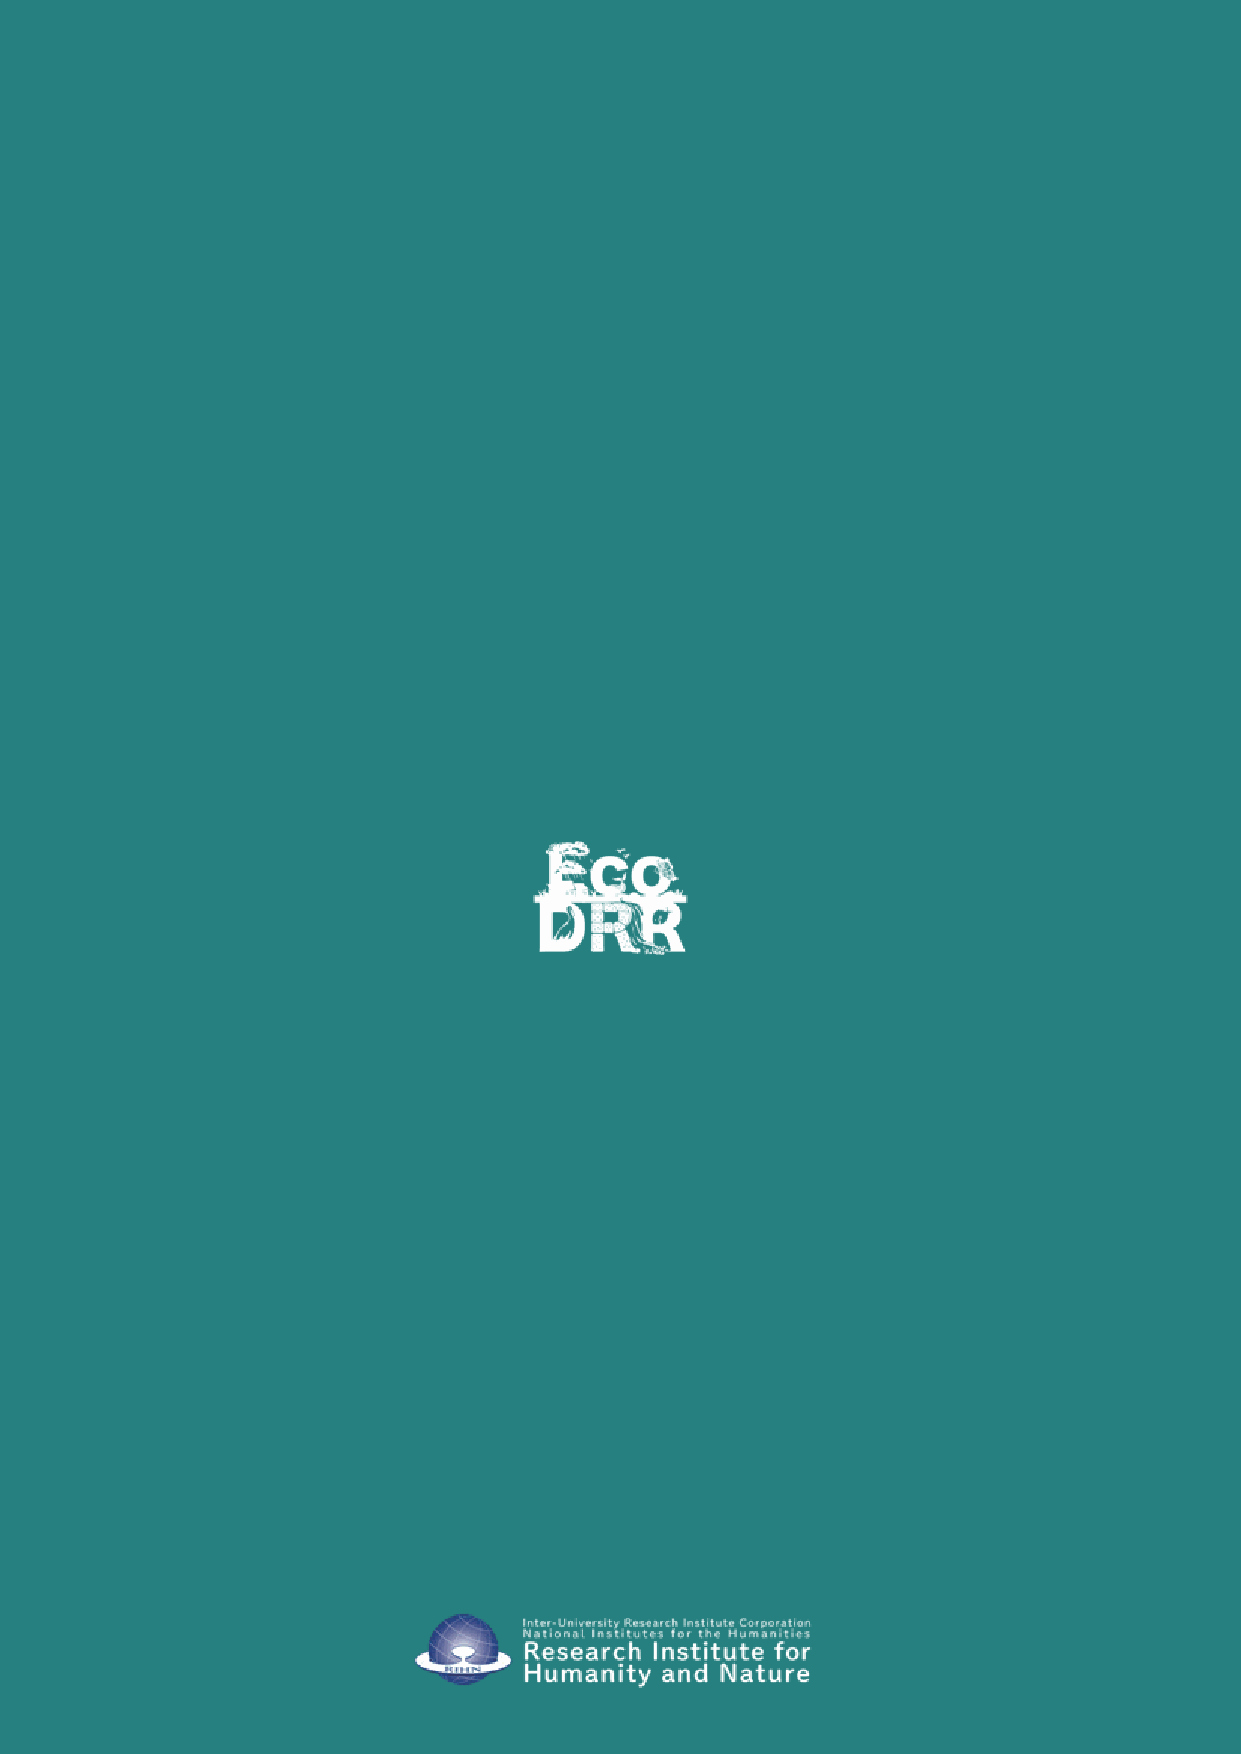
Eco-DRR    as Learned  from  Local History
 Traditional                and       Local
 knowledge                 of    Eco-DRR                 at
 the      foot       of    Hira        Mountains
 Eco-DRR
 as
 Learned
 from
 Local
 History
 Traditional
 and
 Local
 knowledge
 of
 Eco-DRR
 at
 the
 foot
 of
 Hira
 Mountains
 Research
 Institute
 for
 Humanity
 and
 Nature
 Eco-DRR
 Project